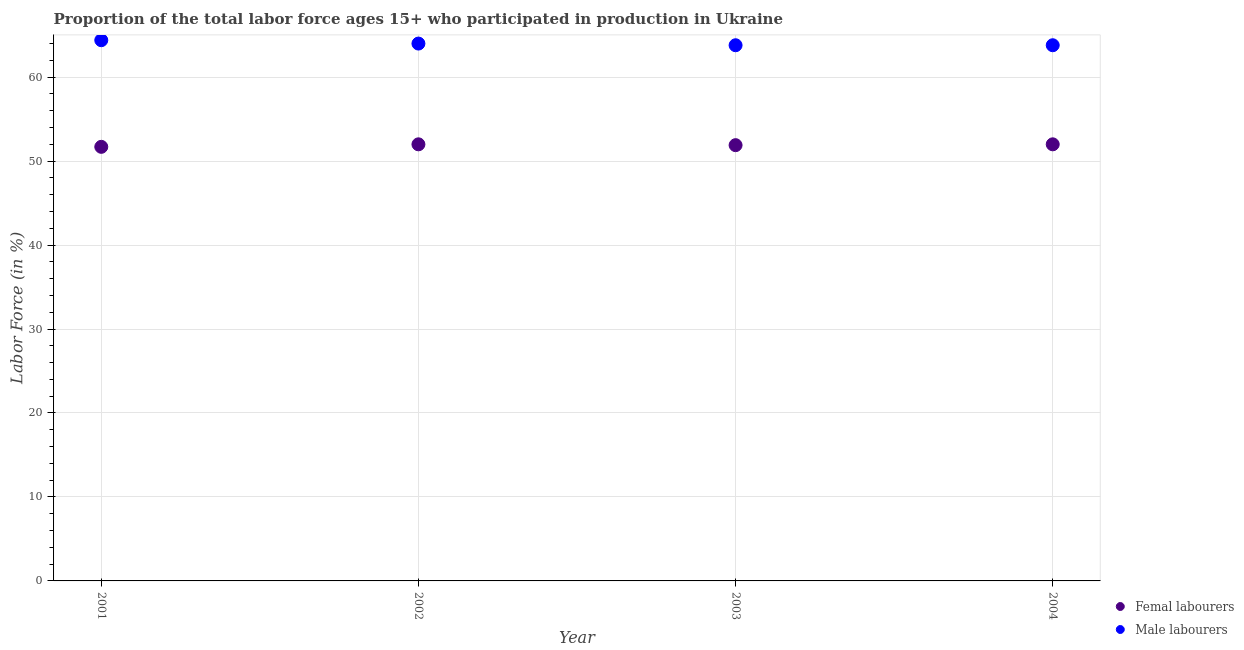
| Year | Femal labourers | Male labourers |
 | --- | --- | --- |
 | 2001 | 51.7 | 64.4 |
 | 2002 | 52 | 64 |
 | 2003 | 51.9 | 63.8 |
 | 2004 | 52 | 63.8 |